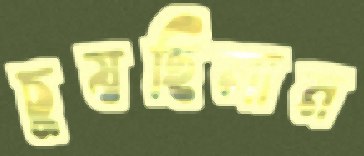
চুষছিলাম